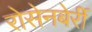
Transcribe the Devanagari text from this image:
रोसेनबेर्री